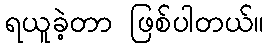
ရယူခဲ့တာ ဖြစ်ပါတယ်။